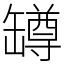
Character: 罇